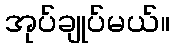
အုပ်ချုပ်မယ်။